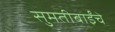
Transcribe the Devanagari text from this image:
सुमतीबाईंचे